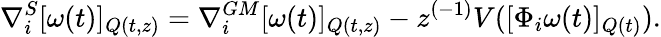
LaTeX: \nabla_{i}^{S}[\omega(t)]_{Q(t,z)}=\nabla_{i}^{GM}[\omega(t)]_{Q(t,z)}-z^{(-1)}V([\Phi_{i}\omega(t)]_{Q(t)}).